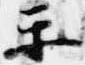
楽